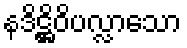
နဒိဋ္ဌိဝိပလ္လာသော